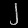
Digit: ၂